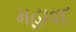
મહાવદ